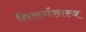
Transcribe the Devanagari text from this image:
निसर्गशास्त्र